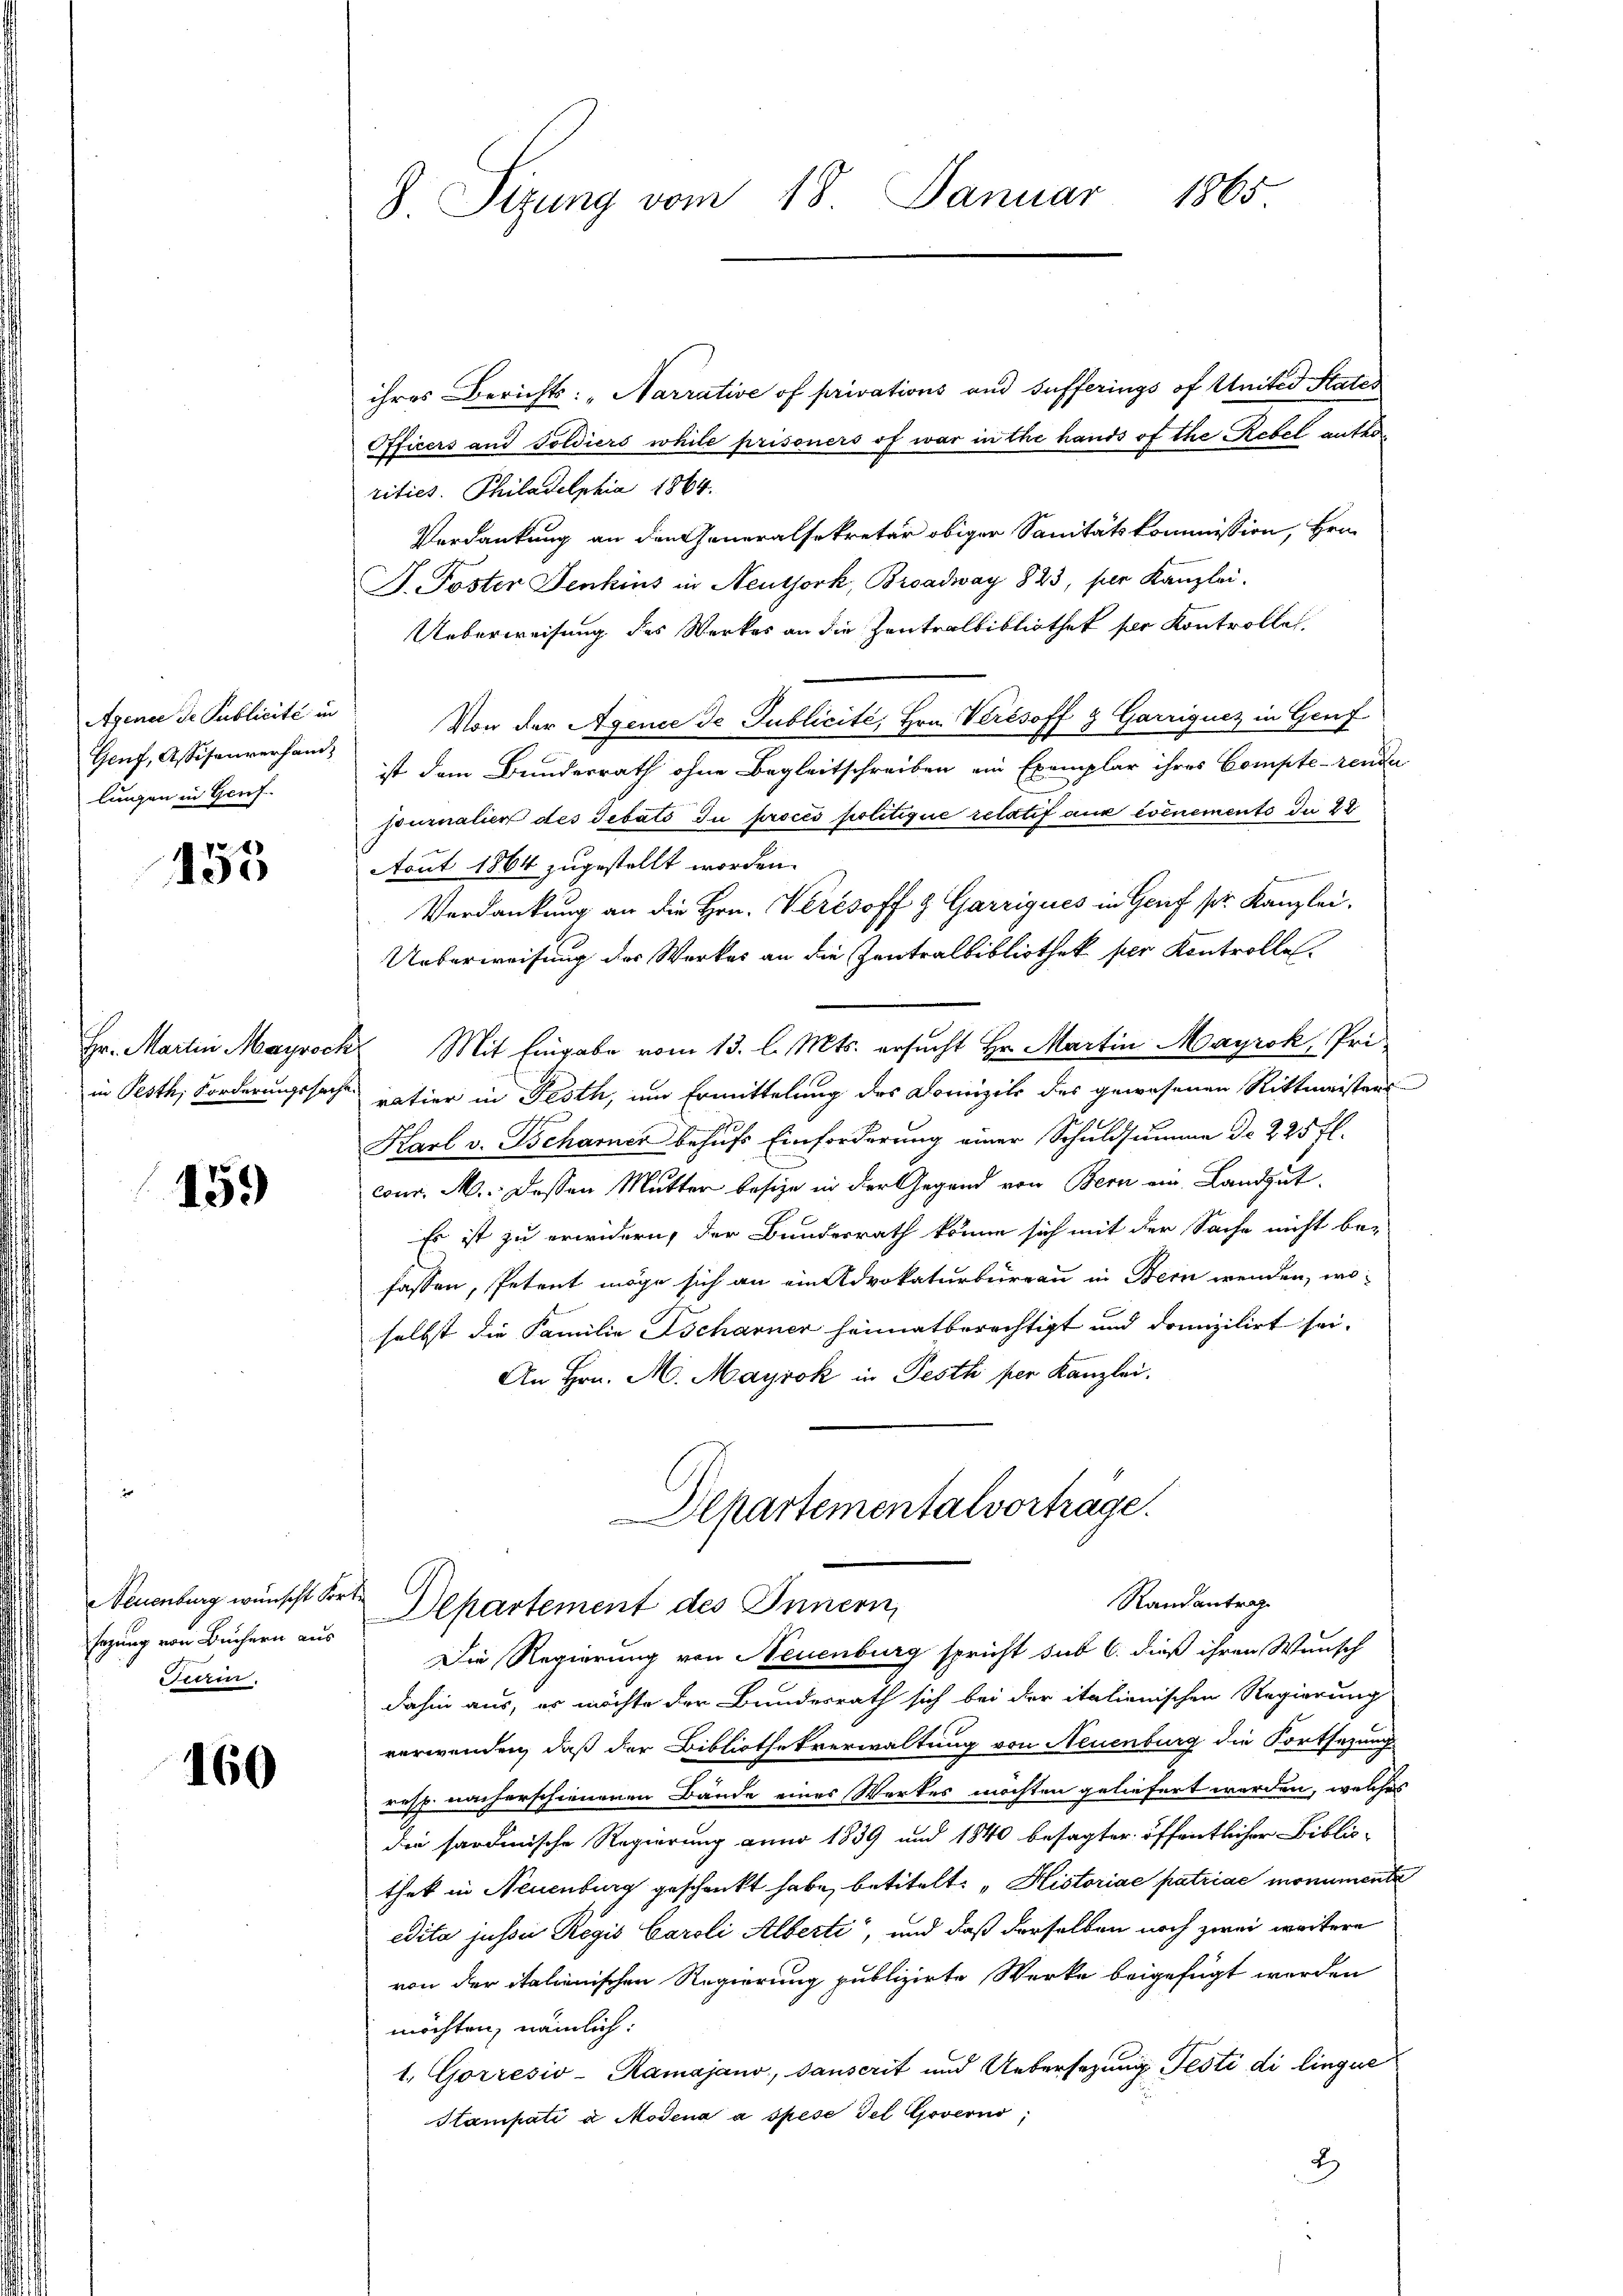
Apence de Publicité in
Genf, Assisanverhandlungen in Genf

155

Hr. Martin Mayroch
in Pesth, Forderungssache

159

sezung von Büchern aus
Furin.

160

8. Sizung vom 18. Januar 1865

ihres Berichts: „Narrative of privations und Sufferings of United States
Officers und Soldiers while prisoners of war in the hands of the Rebel mit de
rities. Philadelphia 1864.
Verdankung an den Generalsekretär obiger Sanitätskommission, Hrn.
J. Poster Jenkins in Neuthork, Broadway 823, per Kanzlei.
Ueberweisung des Werkes an die Zentralbibliothek für Kontrolle.
Von der Agence de Publicité, Hrn. Verésoff & Garriquez in Genf
ist dem Bundesrath ohne Begleitschreiben ein Exemplar ihres Compterende
journalier des Gebats zu proces politique relatif aux événements da 28
Acut 1864 zugestellt worden.
.
Verdankung an die Hrn. Verésoff & Garriques in Genf sr. Kanzlei.
Ueberweisung des Werkes an die Zentralbibliothek per Kontrolle.
 Mit Eingabe vom 13. l. Mts. ersucht Hr. Martin Mayrok, Pri
ratier in Festh, um Ermittelung des Domizils des gewesenen Rittmeistens
Karl v. Tscharner behufs Einforderung einer Schuldsumme de 225 fl.
conr. M. dessen Mutter besize in der Gegend von Bern ein Landgut.
Es ist zu erwidern, der Bundesrath könne sich mit der Sache nicht be-
fassen, Petent möge sich an ein Advokaturbureau in Bern wenden, woselbst die Familie Ascharner heimatberechtigt und drunzilirt sei.
An Hrn. M. Mayrok in Pesth per Kanzlei.
Departementalvortrage.
Randantrag
Neuenburg wünscht der Departement des Innern,
Die Regierung von Neuenburg spricht sub 6. dieß ihren Wunsch
dahin aus, es möchte der Bundesrath sich bei der italienischen Regierung
verwenden, daß der Bibliothekverwaltung von Neuenburg die Fortsetzung
resp. nach erschienenen Bände eines Werkes möchten geliefert werden, welches
die sardinische Regierung anno 1839 und 1840 besagter öffentlicher Biblio-
thek in Neuenburg geschenckt habe, betitelt: "Historiae patriae monumente
edita jusser Regis Caroli Alberti, und daß derselben noch zwei weitere
von der italienischen Regierung publizirte Werke beigefügt werden
möchten, nämlich:
1. Gorresio-Ramajano, sanscrit und Uebersezung Testi di linque
Stampati a Modena a spese Fel Governo;
2)